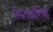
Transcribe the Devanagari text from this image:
स्म्र्तिर्ध्रतिह